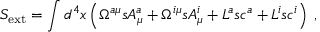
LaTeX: S _ { \mathrm { e x t } } = \int d ^ { 4 } x \left( \Omega ^ { a \mu } s A _ { \mu } ^ { a } + \Omega ^ { i \mu } s A _ { \mu } ^ { i } + L ^ { a } s c ^ { a } + L ^ { i } s c ^ { i } \right) \; ,